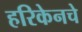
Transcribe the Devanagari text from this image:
हरिकेनचे